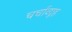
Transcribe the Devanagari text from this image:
चर्चाव्यूह